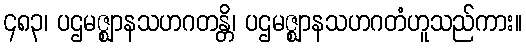
၄၈၃၊ ပဌမဇ္ဈာနသဟဂတန္တိ၊ ပဌမဇ္ဈာနသဟဂတံဟူသည်ကား။